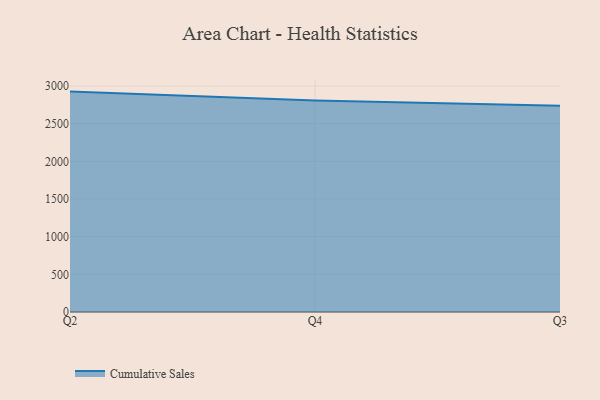
{"axis": {"x": "Quarter", "y": "Headcount"}, "legend": ["Cumulative Sales"], "data": [{"x": "Q2", "y": 2925.2, "type": "Cumulative Sales"}, {"x": "Q4", "y": 2806.7, "type": "Cumulative Sales"}, {"x": "Q3", "y": 2737.7, "type": "Cumulative Sales"}]}